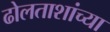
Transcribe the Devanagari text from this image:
ढोलताशांच्या